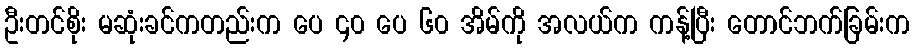
ဦးတင်စိုး မဆုံးခင်ကတည်းက ပေ ၄၀ ပေ ၆၀ အိမ်ကို အလယ်က ကန့်ပြီး တောင်ဘက်ခြမ်းက